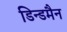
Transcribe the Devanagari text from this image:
डिन्डमैन